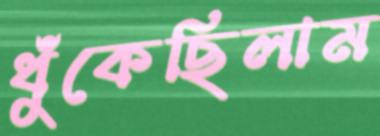
ধুঁকেছিলাম